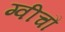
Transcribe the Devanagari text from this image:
ग्वीचौ